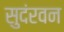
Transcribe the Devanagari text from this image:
सुदंरवन